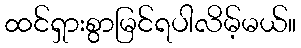
ထင်ရှားစွာမြင်ရပါလိမ့်မယ်။